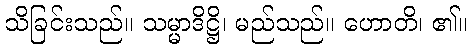
သိခြင်းသည်။ သမ္မာဒိဋ္ဌိ၊ မည်သည်။ ဟောတိ၊ ၏။